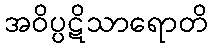
အဝိပ္ပဋိသာရောတိ